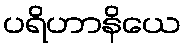
ပရိဟာနိယေ